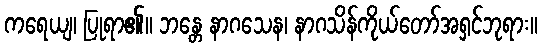
ကရေယျ၊ ပြုရာ၏။ ဘန္တေ နာဂသေန၊ နာဂသိန်ကိုယ်တော်အရှင်ဘုရား။